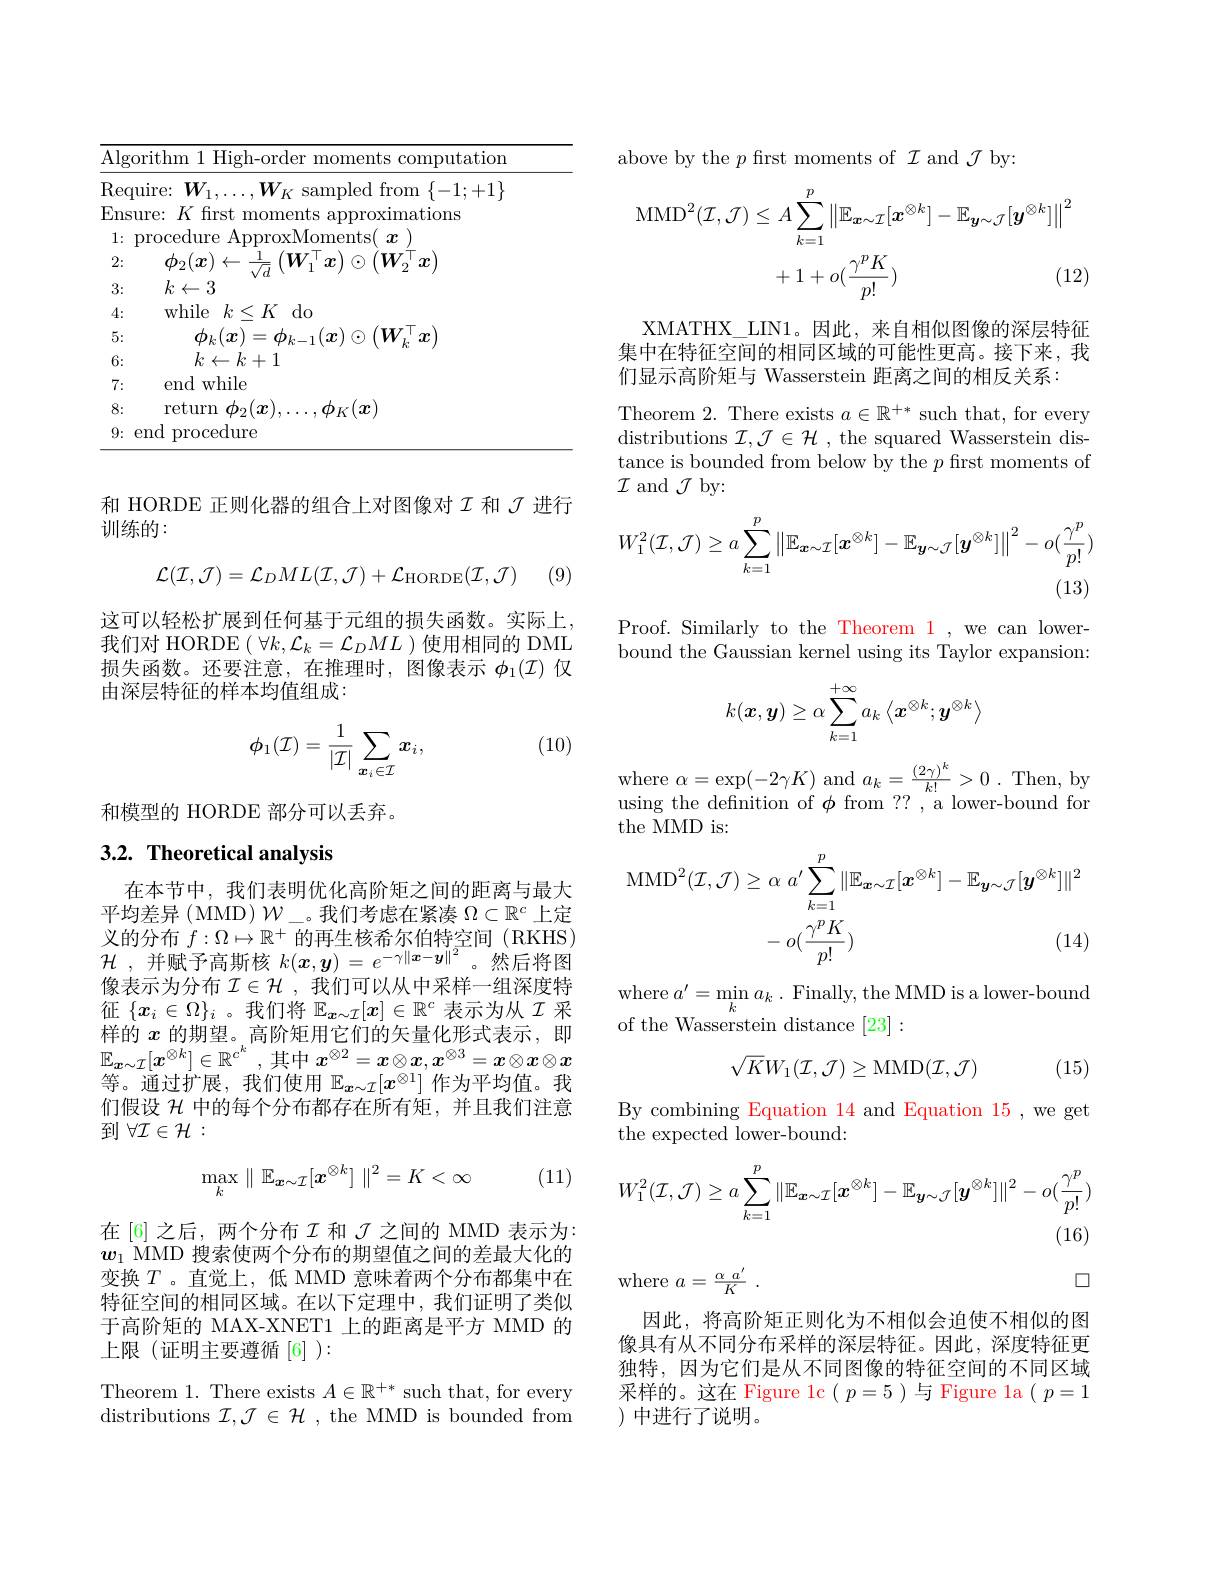
<table>
	<tbody>
		<tr>
			<td>Algoritl</td>
			<td>$\overline{\mathrm{Alg}}$ 1 C</td>
			<td>rithm 1 High-order moments computation</td>
		</tr>
		<tr>
			<td>Require</td>
			<td>Rec</td>
			<td>uire: $W_{1},\ldots,W_{K}$ sampled from $\{-1;+1\}$</td>
		</tr>
		<tr>
			<td>Ensure:</td>
			<td>Ens</td>
			<td>$k$ firs ations $lre.$</td>
		</tr>
		<tr>
			<td>1: pro</td>
			<td>1: </td>
			<td>rocedure ApproxMoments( $x$</td>
		</tr>
		<tr>
			<td>2:</td>
			<td>2:</td>
			<td>$\phi_{2}(\boldsymbol{x})\leftarrow\frac{1}{\sqrt{d}}\left(\boldsymbol{W}_{1}^{\top}\boldsymbol{x}\right)\odot(\boldsymbol{W}_{2}^{\top}\boldsymbol{x})$</td>
		</tr>
		<tr>
			<td>3:</td>
			<td>3:</td>
			<td>$k\leftarrow3$</td>
		</tr>
		<tr>
			<td>4:</td>
			<td>4: </td>
			<td>while $k<K$ $do$</td>
		</tr>
		<tr>
			<td>5:</td>
			<td>5:</td>
			<td>$W,x$ $\hbar_{1}/\eta$ $1\boldsymbol{r}$ $^{\prime}.$</td>
		</tr>
		<tr>
			<td>6:</td>
			<td>6:</td>
			<td>$k\leftarrow k+1$</td>
		</tr>
		<tr>
			<td>7:</td>
			<td>7: T T -</td>
			<td>end while</td>
		</tr>
		<tr>
			<td>8:</td>
			<td>8:</td>
			<td>return $\phi_{\mathrm{o}}(\boldsymbol{r}$ $\phi_{K}(\boldsymbol{x})$</td>
		</tr>
		<tr>
			<td>end 9:</td>
			<td>9:</td>
			<td>procedure mr</td>
		</tr>
	</tbody>
</table>

和 HORDE 正则化器的组合上对图像对$I$和$J$进行
训练的：

(9)
$$\mathcal{L}(\mathcal{I},\mathcal{J})=\mathcal{L}_{D}ML(\mathcal{I},\mathcal{J})+\mathcal{L}_{\mathrm{HORDE}}(\mathcal{I},\mathcal{J})$$
这可以轻松扩展到任何基于元组的损失函数。实际上， 我们对 HORDE $(\forall k,\mathcal{L}_k=\mathcal{L}_DML$ )使用相同的 DML 损失函数。还要注意，在推理时，图像表示$\phi_1(\mathcal{I})$仅由深层特征的样本均值组成：

(10)
$$\phi_1(\mathcal{I})=\frac{1}{|\mathcal{I}|}\sum_{\boldsymbol{x}_i\in\mathcal{I}}\boldsymbol{x}_i,$$
和模型的 HORDE 部分可以丢弃。

### 3.2. Theoretical analysis

在本节中，我们表明优化高阶矩之间的距离与最大平均差异(MMD)$\mathcal{W}_\text{。我们考虑在紧凑 }\Omega\subset\mathbb{R}^c$上定义的分布$f:\Omega\mapsto\mathbb{R}^+$的再生核希尔伯特空间 (RKHS) $\mathcal{H}$ ,并赋予高斯核$k(x,\boldsymbol{y})=e^-\gamma\|\boldsymbol{x}-\boldsymbol{y}\|^2$ 。然后将图像表示为分布$\mathcal{I}\in\mathcal{H}$ ,我们可以从中采样一组深度特征$\{x_i\in\Omega\}_i$ 。我们将$\mathbb{E}_x\sim\mathcal{I}[x]\in\mathbb{R}^c$表示为从$\mathcal{I}$采样的$x$的期望。高阶矩用它们的矢量化形式表示，即$\mathbb{E}_{\boldsymbol{x}\sim\mathcal{I}}[x^{\otimes k}]\in\mathbb{R}^{c^k}$,其中$x^\otimes2=\boldsymbol{x}\otimes\boldsymbol{x},\boldsymbol{x}^{\otimes3}=\boldsymbol{x}\otimes\boldsymbol{x}\otimes\boldsymbol{x}$ 等。通过扩展，我们使用$\mathbb{E}_{x\sim\mathcal{I}}[x^{\otimes1}]$作为平均值。我们假设$\mathcal{H}$中的每个分布都存在所有矩，并且我们注意到$\forall\mathcal{I}\in\mathcal{H}:$

(11)
$$\max_k\parallel\mathbb{E}_{\boldsymbol{x}\sim\mathcal{I}}[\boldsymbol{x}^{\otimes k}]\parallel^2=K<\infty $$
在[6]之后，两个分布$\mathcal{I}$和 $\mathcal{J}$ 之间的 MMD 表示为： $w_1$ MMD 搜索使两个分布的期望值之间的差最大化的变换$T$ 。直觉上，低 MMD 意味着两个分布都集中在特征空间的相同区域。在以下定理中，我们证明了类似于高阶矩的 MAX-XNET1 上的距离是平方 MMD 的上限(证明主要遵循[6]):

Theorem 1. There exists $A\in\mathbb{R}^+*$ such that, for every distributions $\mathcal{I},\mathcal{J}\in\mathcal{H}$ ,the MMD is bounded from

above by the $p$ first moments of $\mathcal{I}$ and $\mathcal{J}$ by:
$$\begin{aligned}\mathrm{MMD}^{2}(\mathcal{I},\mathcal{J})&\leq A\sum_{k=1}^{p}\left\|\mathbb{E}_{x\sim\mathcal{I}}[x^{\otimes k}]-\mathbb{E}_{y\sim\mathcal{J}}[y^{\otimes k}]\right\|^{2}\\&+1+o(\frac{\gamma^{p}K}{p!})&\text{(12)}\end{aligned}$$
XMATHX\_LIN1。因此，来自相似图像的深层特征集中在特征空间的相同区域的可能性更高。接下来，我们显示高阶矩与 Wasserstein 距离之间的相反关系：

Theorem 2. There exists $a\in\mathbb{R}^+*$ such that, for every distributions $\mathcal{I},\mathcal{J}\in\mathcal{H}$ , the squared Wasserstein distance is bounded from below by the $p$ frst moments of $\mathcal{I}$ and $\mathcal{J}$ by:
$$W_{1}^{2}(\mathcal{I},\mathcal{J})\geq a\sum_{k=1}^{p}\left\|\mathbb{E}_{\boldsymbol{x}\sim\mathcal{I}}[\boldsymbol{x}^{\otimes k}]-\mathbb{E}_{\boldsymbol{y}\sim\mathcal{J}}[\boldsymbol{y}^{\otimes k}]\right\|^{2}-o(\frac{\gamma^{p}}{p!})$$
(13)

Proof. Similarly to the Theorem 1 , we can lowerbound the Gaussian kernel using its Taylor expansion:
$$k(\boldsymbol{x},\boldsymbol{y})\geq\alpha\sum_{k=1}^{+\infty}a_k\left\langle\boldsymbol{x}^{\otimes k};\boldsymbol{y}^{\otimes k}\right\rangle $$
$\begin{array}{l}\mathrm{where~}\alpha=\exp(-2\gamma K)\mathrm{~and~}a_{k}=\frac{(2\gamma)^{k}}{k!}>0\:.\mathrm{Then,~by}\\\mathrm{using~the~definition~of~\phi~from~??~,~a~lower-bound~for}\end{array}$
the MMD is:
$$\begin{aligned}\mathrm{MMD}^{2}(\mathcal{I},\mathcal{J})&\geq\alpha\:a^{\prime}\sum_{k=1}^{p}\|\mathbb{E}_{\boldsymbol{x}\sim\mathcal{I}}[\boldsymbol{x}^{\otimes k}]-\mathbb{E}_{\boldsymbol{y}\sim\mathcal{J}}[\boldsymbol{y}^{\otimes k}]\|^{2}\\&-\:o(\frac{\gamma^{p}K}{p!})&(14)\end{aligned}$$
where $a^{\prime}=\operatorname*{min}_{k}a_{k}.$ Finally, the MMD is a lower-bound
of the Wasserstein distance [23] :
$$\sqrt{K}W_1(\mathcal{I},\mathcal{J})\geq\mathrm{MMD}(\mathcal{I},\mathcal{J})$$
(15)

By combining Equation 14 and Equation 15 , we get
the expected lower-bound:
$$W_{1}^{2}(\mathcal{I},\mathcal{J})\geq a\sum_{k=1}^{p}\|\mathbb{E}_{\boldsymbol{x}\sim\mathcal{I}}[\boldsymbol{x}^{\otimes k}]-\mathbb{E}_{\boldsymbol{y}\sim\mathcal{J}}[\boldsymbol{y}^{\otimes k}]\|^{2}-o(\frac{\gamma^{p}}{p!})$$
(16)

where $a= \frac {\alpha \:a^{\prime }}K$ .

$\square$

因此，将高阶矩正则化为不相似会迫使不相似的图像具有从不同分布采样的深层特征。因此，深度特征更独特，因为它们是从不同图像的特征空间的不同区域采样的。这在 Figure 1c( $p=5$ )与 Figure la( $p=1$ )中进行了说明。